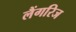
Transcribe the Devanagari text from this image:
लैंगरिज